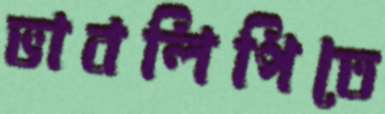
ভাবলিপিতে